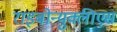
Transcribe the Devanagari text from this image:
राइबोन्युक्लीएस